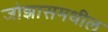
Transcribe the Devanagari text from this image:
जोझासमधील